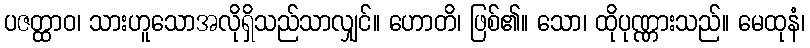
ပဇတ္ထာဝ၊ သားဟူသောအလိုရှိသည်သာလျှင်။ ဟောတိ၊ ဖြစ်၏။ သော၊ ထိုပုဏ္ဏားသည်။ မေထုနံ၊